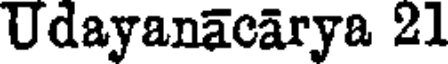
Udayanacarya 21